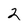
Character: 2